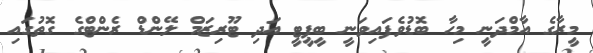
މީރާގެ އާމްދަނީ މިހާ ބޮޑުވެފައިވަނީ ބީޕީޓީ އަދި ޓޫރިޒަމް ލޭންޑް ރެންޓްގެ ގޮތުގައި